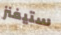
ستيفنز